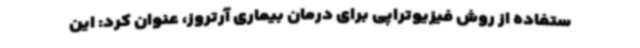
ستفاده از روش فیزیوتراپی برای درمان بیماری آرتروز، عنوان کرد: این